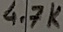
Text: 4.7K